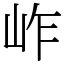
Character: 岞